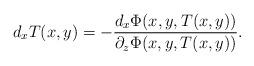
LaTeX: \begin{align*} d_x T(x,y) = - \frac{d_x \Phi(x,y,T(x,y))}{\partial_z \Phi(x,y,T(x,y))}.\end{align*}